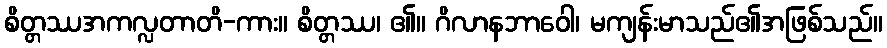
စိတ္တဿအကလ္လတာတိ-ကား။ စိတ္တဿ၊ ၏။ ဂိလာနဘာဝေါ၊ မကျန်းမာသည်၏အဖြစ်သည်။